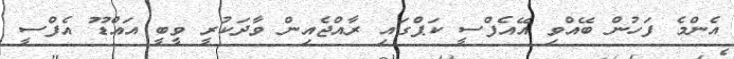
އެންމެ ފަހުން ބޭއްވި އޭއެފްސީ ކަޕްގައި ރާއްޖެއިން ވާދަކުރީ ވީބީ އައްޑޫ އެފްސީ